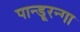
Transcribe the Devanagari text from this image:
पान्डूरन्गा